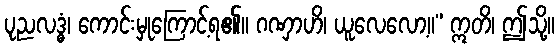
ပုညလဒ္ဓံ၊ ကောင်းမှုကြောင့်ရ၏။ ဂဏှာဟိ၊ ယူလေလော့။” ဣတိ၊ ဤသို့။